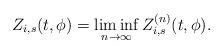
LaTeX: \begin{align*} Z_{i,s}(t,\phi) = \liminf_{n \to \infty} Z_{i,s}^{(n)}(t,\phi).\end{align*}